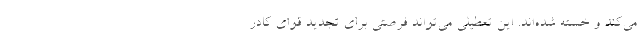
می‌کند و خسته شده‌اند. این تعطیلی می‌تواند فرصتی برای تجدید قوای کادر